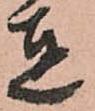
達